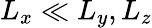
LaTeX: L_{x}\ll L_{y},L_{z}